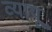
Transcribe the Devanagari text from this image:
व्यापू